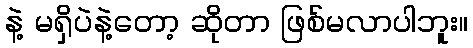
နဲ့ မရှိပဲနဲ့တော့ ဆိုတာ ဖြစ်မလာပါဘူး။